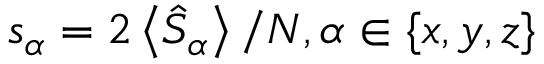
s _ { \alpha } = 2 \left\langle \hat { S } _ { \alpha } \right\rangle / N , \alpha \in \{ x , y , z \}